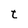
Character: t